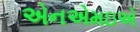
એનએમઇએ